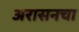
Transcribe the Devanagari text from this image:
अरासनचा